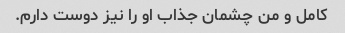
کامل و من چشمان جذاب او را نیز دوست دارم.